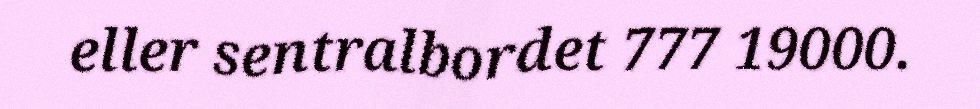
eller sentralbordet 777 19000.